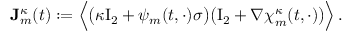
\mathbf { J } _ { m } ^ { \kappa } ( t ) : = \Bigl \langle \bigl ( \kappa \ensuremath { \mathrm { I } _ { 2 } } + \psi _ { m } ( t , \cdot ) \sigma \bigr ) \bigl ( \ensuremath { \mathrm { I } _ { 2 } } + \nabla { \boldsymbol { \chi } } _ { m } ^ { \kappa } ( t , \cdot ) \bigr ) \Bigr \rangle \, .